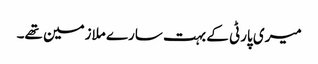
میری پارٹی کے بہت سارے ملازمین تھے۔